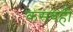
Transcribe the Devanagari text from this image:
कसबही